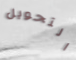
التحويل